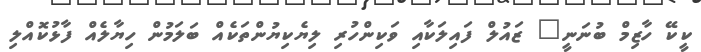
ކީކޭ ހާޒިމް ބުނަނީ" ޒައުލް ފައިލަކާއި ވަކިންހުރި ލިޔެކިޔުންތަކެއް ބަލަމުން ހިޔާލެއް ފާޅުކޮއްލި